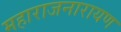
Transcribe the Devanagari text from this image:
महाराजनारायण